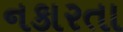
નકારતા